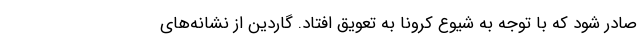
صادر شود که با توجه به شیوع کرونا به تعویق افتاد. گاردین از نشانه‌های